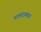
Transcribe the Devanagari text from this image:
पात्रांदरम्यान